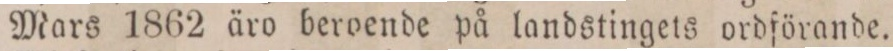
Mars 1862 äro beroende på landstingets ordförande.